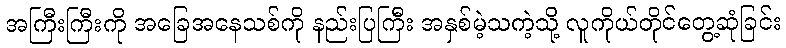
အကြီးကြီးကို အခြေအနေသစ်ကို နည်းပြကြီး အနှစ်မဲ့သကဲ့သို့ လူကိုယ်တိုင်တွေ့ဆုံခြင်း